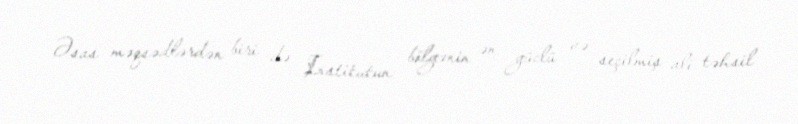
Əsas məqsədlərdən biri də İnstitutun bölgənin ən güclü və seçilmiş ali təhsil